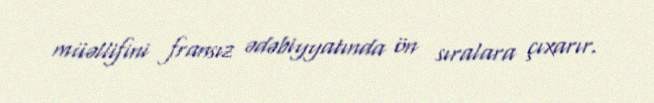
müəllifini fransız ədəbiyyatında ön sıralara çıxarır.